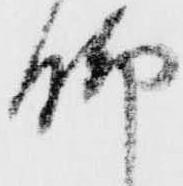
脚